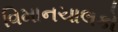
વિમાનચાલકો